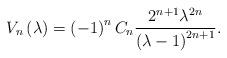
LaTeX: \begin{align*}V_{n}\left( \lambda \right) =\left( -1\right) ^{n}C_{n}\frac{2^{n+1}\lambda^{2n}}{\left( \lambda -1\right) ^{2n+1}}. \end{align*}